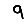
Digit: 9